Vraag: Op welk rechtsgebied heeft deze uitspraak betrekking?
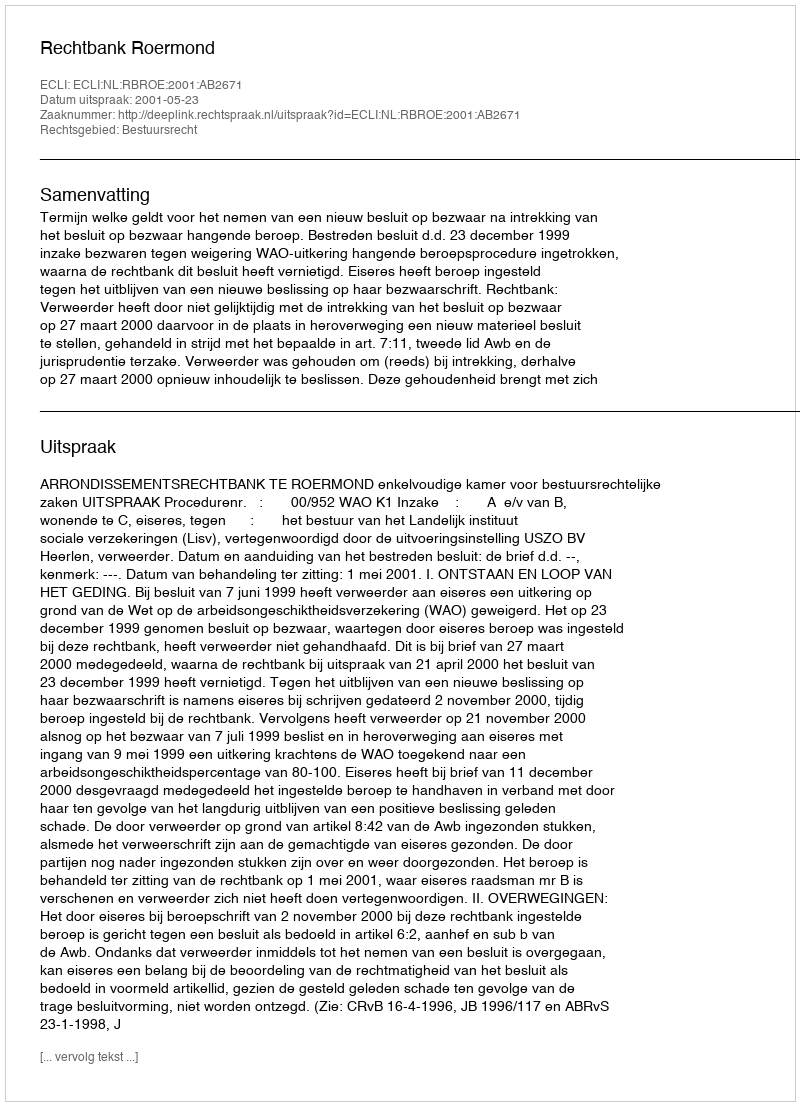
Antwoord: Bestuursrecht